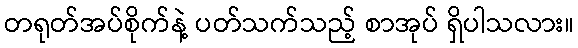
တရုတ်အပ်စိုက်နဲ့ ပတ်သက်သည့် စာအုပ် ရှိပါသလား။